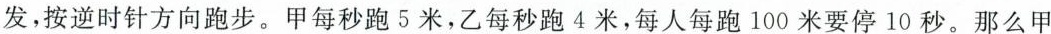
发，按逆时针方向跑步。甲每秒跑5米，乙每秒跑4米，每人每跑100米要停10秒。那么甲